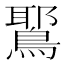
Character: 𫛉